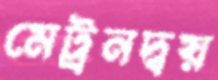
মেট্রনদ্বয়